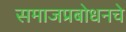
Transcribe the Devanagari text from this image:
समाजप्रबोधनचे